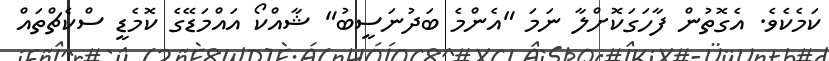
ކަމެކެވެ. އެގޮތުން ފާހަގަކޮށްލާ ނަމަ "އެންމެ ބަދުނަސީބު" ޝާއްކޯ އައްމަޑޭގެ ކޮމެޑީ ސްކެޗްތައް